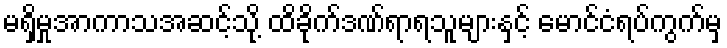
မရှိမှုအာကာသအဆင့်သို့ ထိခိုက်ဒဏ်ရာရသူများနှင့် မောင်ငံရပ်ကွက်မှ